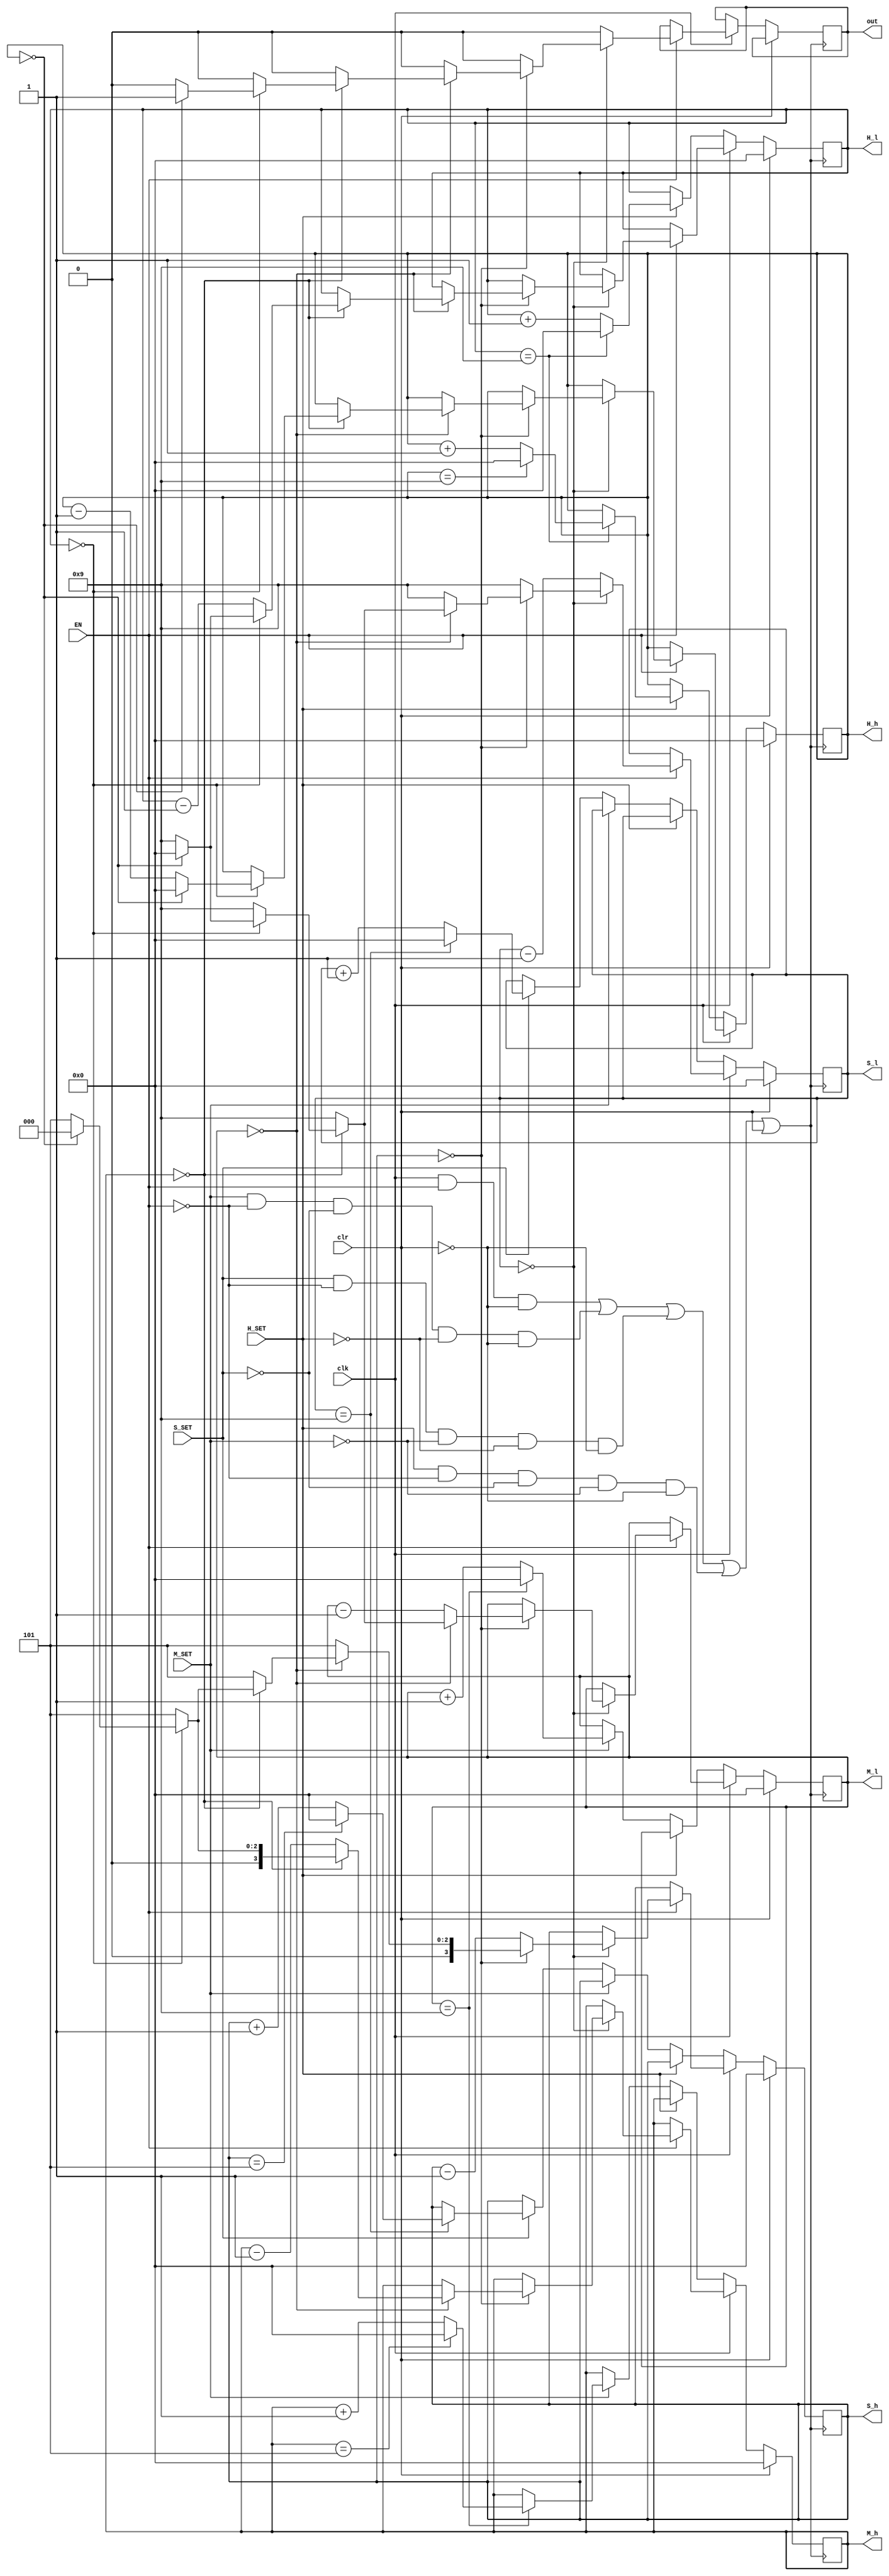
module backclock(clr,clk,H_SET,M_SET,S_SET,EN,H_h,H_l,M_h,M_l,S_h,S_l,out);
	input H_SET,M_SET,S_SET,EN,clk,clr;
	output reg [3:0]H_h,H_l,M_h,M_l,S_h,S_l;	
	output reg out;
	wire rclk;
	
	assign rclk=(clk && EN && !clr) || (M_SET && !EN && !S_SET && !H_SET &&!clr) || (S_SET && !EN && !M_SET && !H_SET && !clr) || (H_SET && !EN && !S_SET && !M_SET && !clr) || clr;
	
	always@(posedge rclk)
		begin
			if(clr)//
			begin
				S_l<=0;
				S_h<=0;
				M_l<=0;
			    M_h<=0;	
				H_l<=0;
			    H_h<=0;
			end
			else if(clk)//
			begin
				if(EN)
				begin
					if(S_l==0)
					begin
						S_l<=9;
						if(S_h==0)
						begin
							S_h<=5;
							if(M_l==0)
							begin
								M_l<=9;
								if(M_h==0)
								begin
									M_h<=5;
									if(H_l==0)
									begin
										H_l<=9;
										if(H_h==0)
										begin
											out<=1;
											S_l<=0;
											S_h<=0;
											M_l<=0;
										    M_h<=0;	
											H_l<=0;
										    H_h<=0;
										end
										else
										begin
											H_h<=H_h-1;	
											out<=0;
										end
									end
									else
									begin
										H_l<=H_l-1;	
										out<=0;
									end
								end
								else
								begin
									M_h<=M_h-1;	
									out<=0;
								end	
							end
							else
							begin
								M_l<=M_l-1;	
								out<=0;
							end
						end
						else
						begin
							S_h<=S_h-1;
							out<=0;
						end	
					end
					else
					begin
						S_l<=S_l-1;
						out<=0;
					end
				 end
				 else
				 begin
				 end
			end	
			
			else if(H_SET)//
			begin
				if(H_l==9)
				begin
					H_l<=0;
					if(H_h==9)
						H_h<=0;
					else
						H_h<=H_h+1;
				end
				else
					H_l<=H_l+1;
			end
				
			else if(M_SET)//
			begin
				if(M_l==9)
				begin
					M_l<=0;
					if(M_h==5)
						M_h<=0;
					else
						M_h<=M_h+1;
				end
				else
					M_l<=M_l+1;
			end
			
			else if(S_SET)//
			begin
				if(S_l==9)
				begin
					S_l<=0;
					if(S_h==5)
						S_h<=0;
					else
						S_h<=S_h+1;
				end
				else
					S_l<=S_l+1;
			end
		end
endmodule